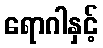
ရောဂါနှင့်